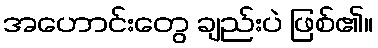
အဟောင်းတွေ ချည်းပဲ ဖြစ်၏။